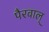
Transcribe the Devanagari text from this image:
पैरवाल्